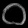
Digit: ၀